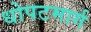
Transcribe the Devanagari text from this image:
धोपटमार्ग